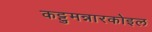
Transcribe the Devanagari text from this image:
कट्टुमन्नारकोइल